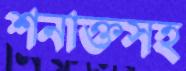
শনাক্তসহ